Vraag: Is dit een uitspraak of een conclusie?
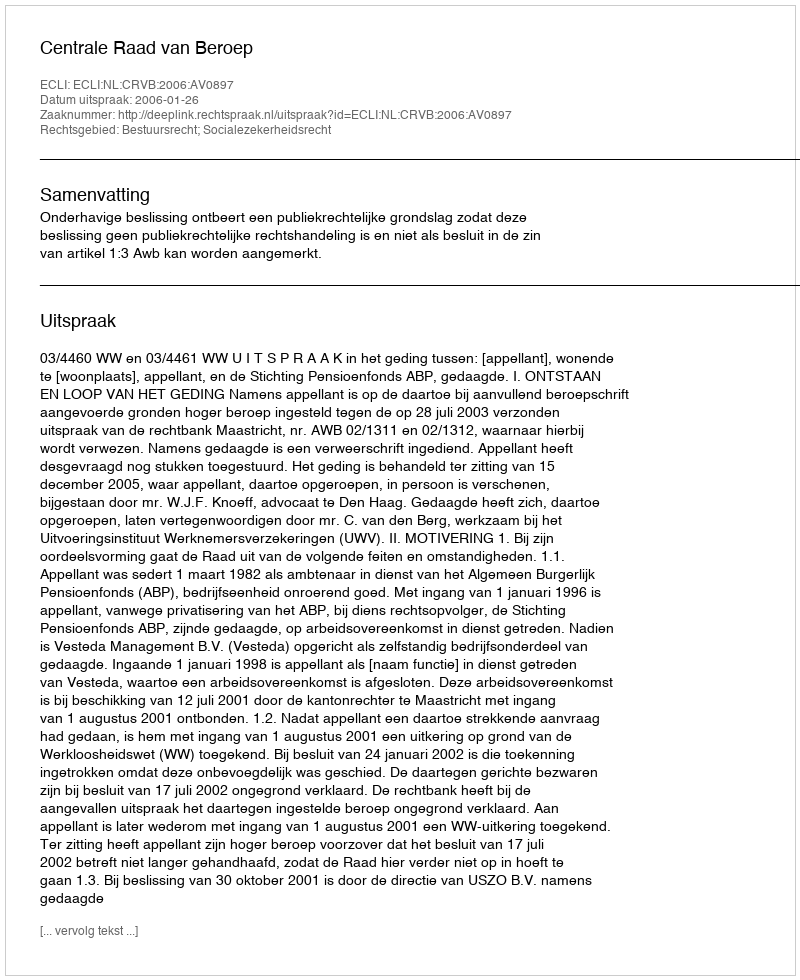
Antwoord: Uitspraak